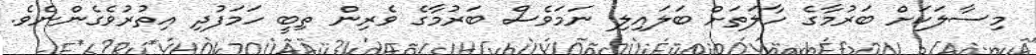
މިސާލަކަށް ބަރުމާގެ ހާލަތަށް ބަލައިލި ނަމަވެސް ބަރުމާގެ ވެރިން ތިބީ ހަމަފުދި އިތުރުވެގެންނެވެ.